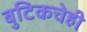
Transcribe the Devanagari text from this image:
बुटिकचेही